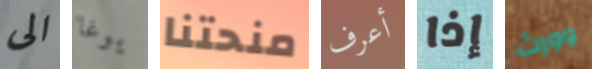
الى يوغا منحتنا أعرف إذا وورث